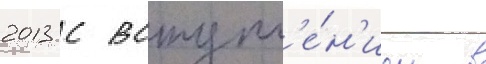
2013 с вступл'е́н'ием в